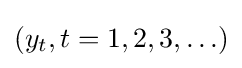
(y_{t},t=1,2,3,\ldots )